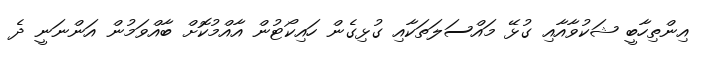
އިންތިހާބީ ޝަކުވާއާއި ގުޅޭ މައްސަލަތަކާއި ގުޅިގެން ހައިކޯޓުން އާއްމުކޮށް ބާއްވަމުން އަންނަނީ ދެ